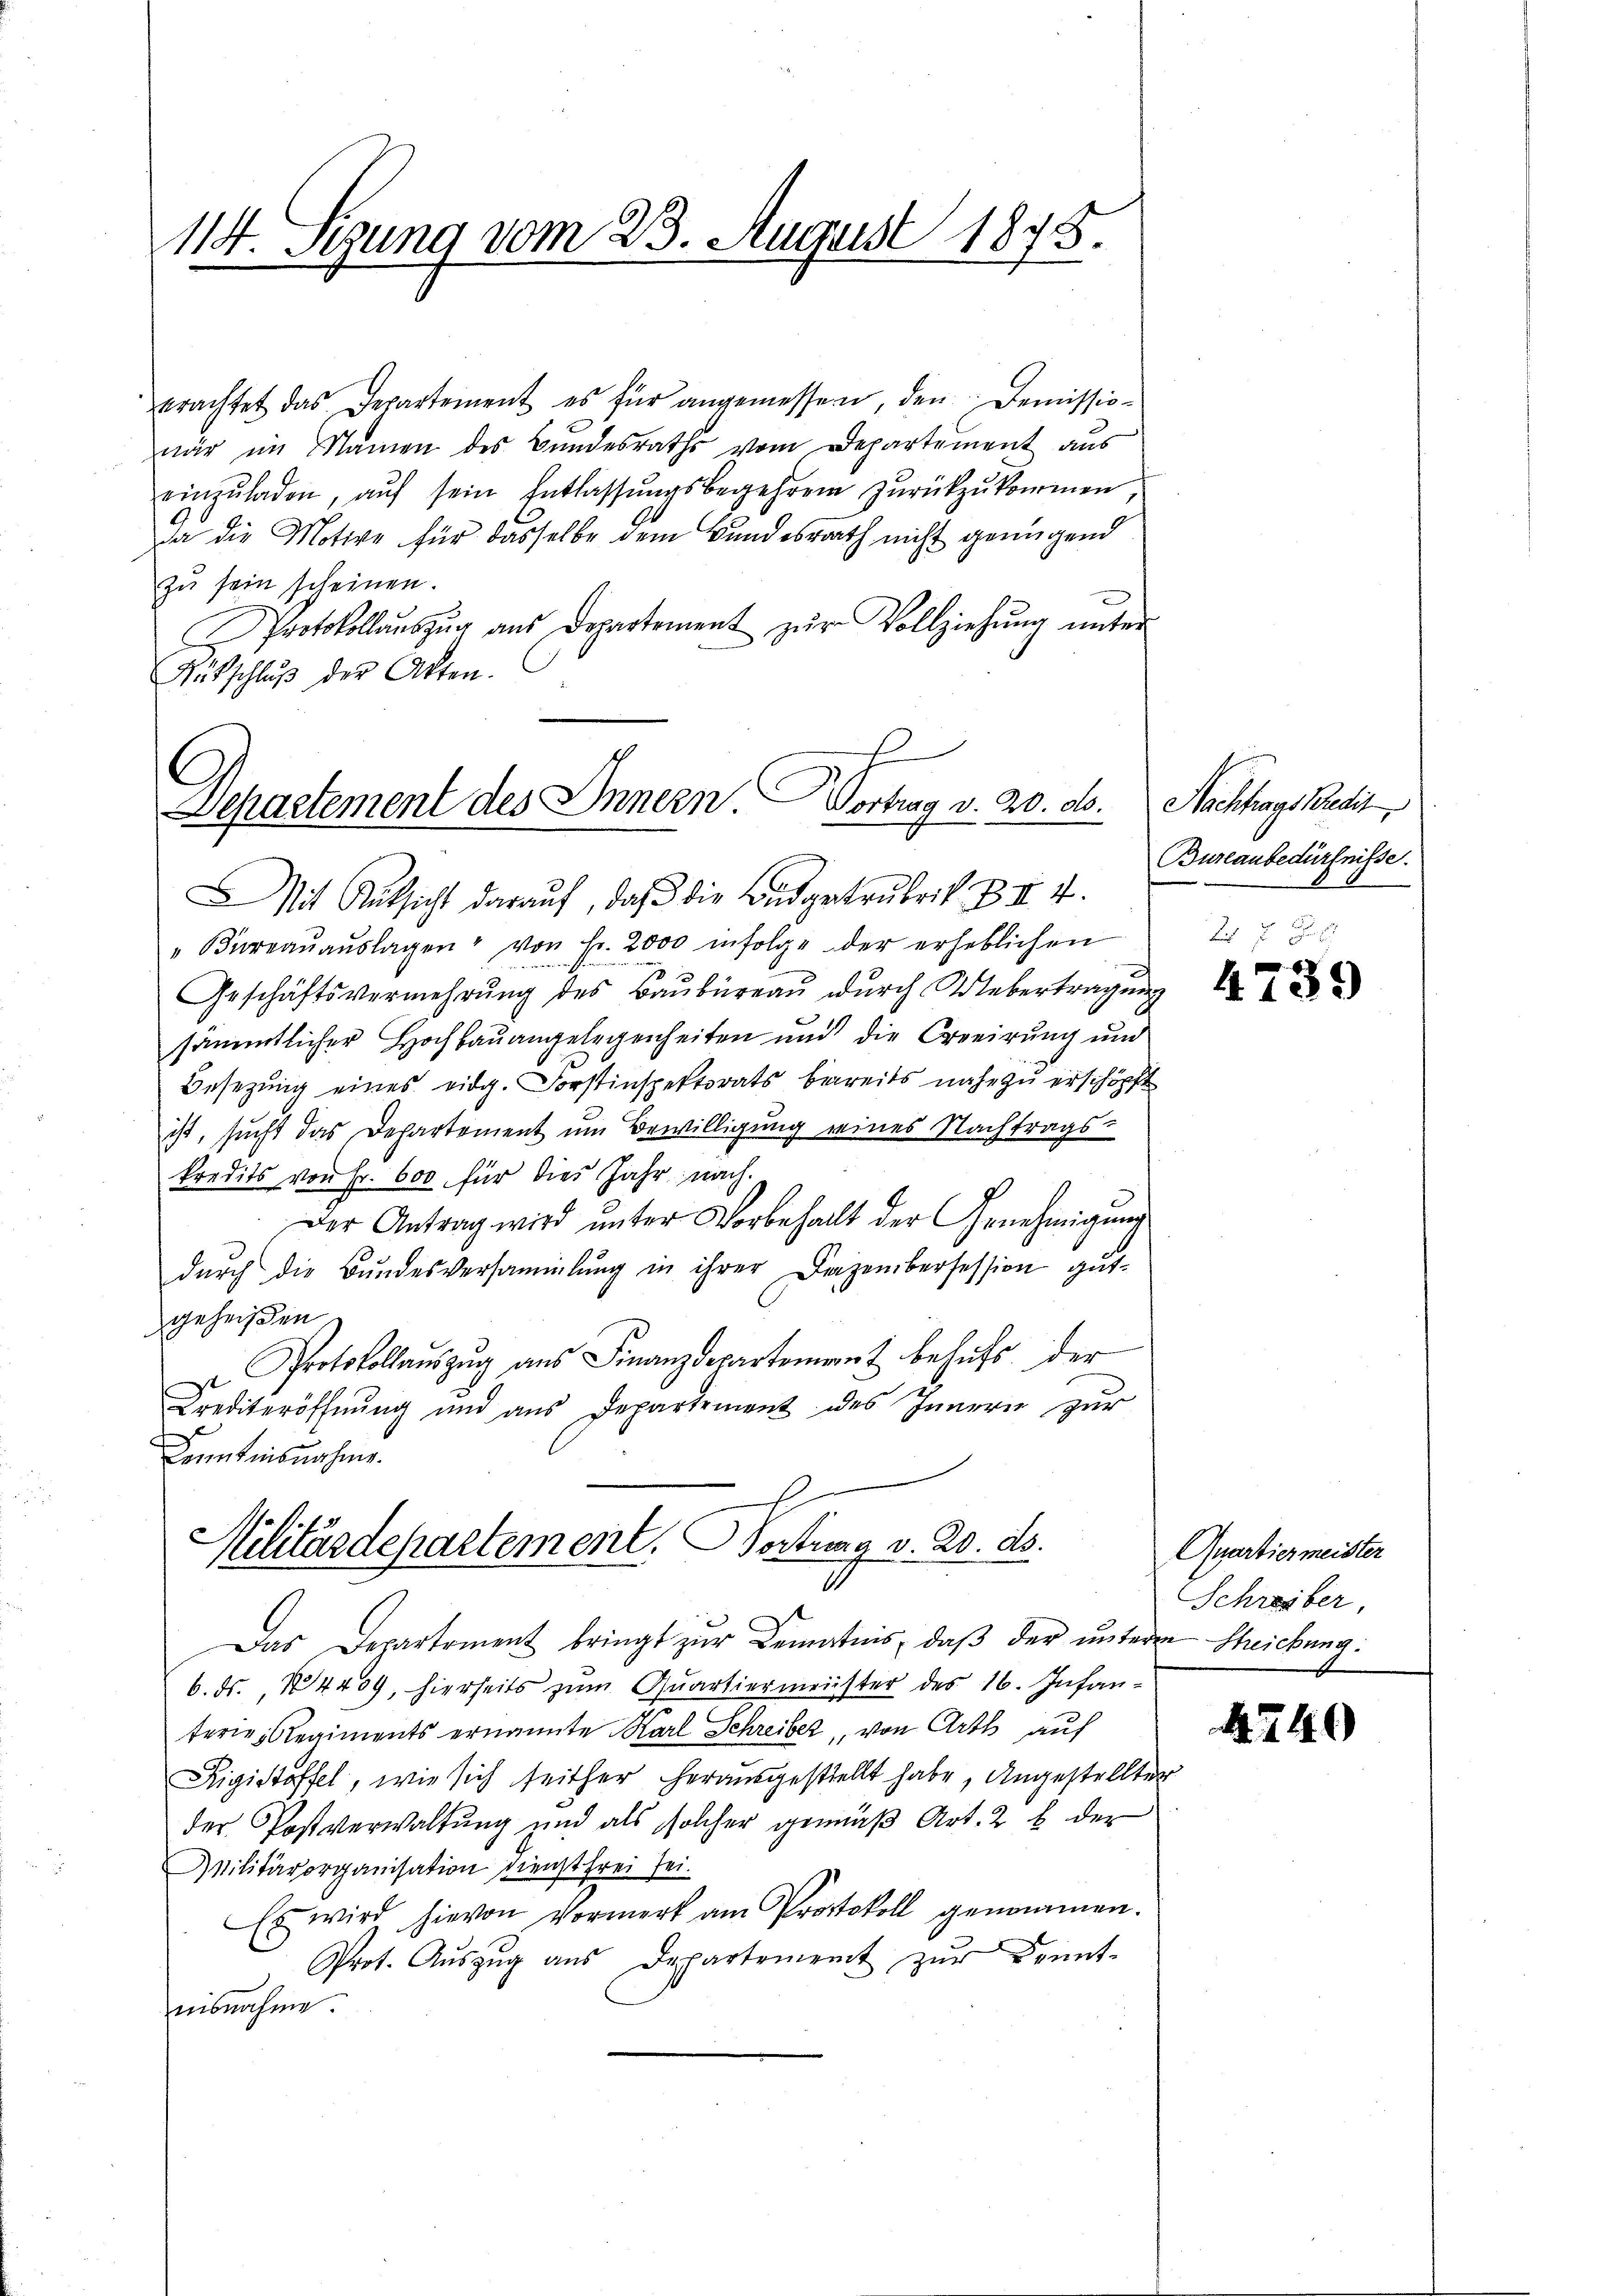
114. Sigung vom 23. August 1878.

erachtet das Departement es für angemessen, den Demissionar im Namen des Bundesraths vom Departement aus
einzŭladen, aŭf sein Entlassŭngsbegehren zŭrückzŭkommen
da die Motive für dasselbe dem Bundesrath nicht genügend
zŭ sein scheinen.
Protokollaŭszŭg aŭs Departement zŭr Vollziehŭng ŭnter
Rütschlŭβ der Akten.

Departement des Innern Wortrag v. 20. d.

Militärdepartement. Vortrag v. 20. ds.

Mit Rüksicht darauf, daß die Budgetrubrik B II 4.
"Büreaŭaŭslagen von fr. 2000 infolge der erheblichen

Geschäftsvermehrŭng des Baŭbüreaŭ dŭrch Uebertragung
sämmtlicher Hochbauangelegenheiten und die Creeirung und
Besetzung eines eidg. Forstinspektorats bereits nahe zu erschöpft
ist, sucht das Departement um Bewilligung eines Nachtrags-
kredits von Fr. 600 für dies Jahr nach
f
Der Antrag wird unter Vorbehalt der Genehmigung
dŭrch die Bundesversammlung in ihrer Dezembersession gutgeheißen
u Protokollaŭszŭg ans Finanzdepartement behufs der
Crediteröffnung und aus Departement des Innern zur
Kenntnisnahme.

Das Departement bringt zur Kenntnis, daß der unteren Theichung:
b. ds. 14409, hierseits zum Quartiermeister des 16. Infanferie-Regiments ernannte Karl Schreiber, von Arth auf
Rigistoffel, wie sich seither herausgestellt habe, Angestellter
der Postverwaltung und als solcher gemäß Art. 2 b der
Militärorganisation dienstfrei sei.
Es wird hievon Vormerk am Protokoll genommen.
Prot. Aŭszŭg aŭs Departement zŭr Kennt-
nisnahme

Nachtrags Bredit
Burlaubedürfnisse.

4739

Quartiermeister
Schreiber,

A 240